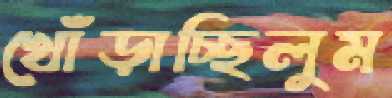
খোঁড়াচ্ছিলুম